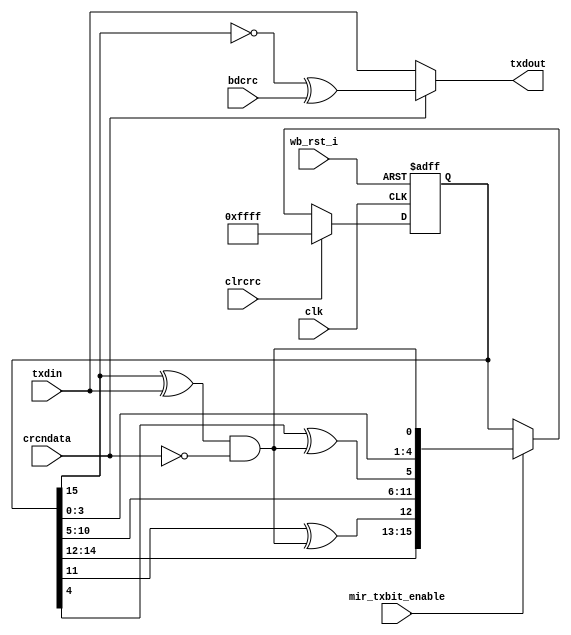
module irda_crc_ccitt16(clk, wb_rst_i, clrcrc, txdin, crcndata,mir_txbit_enable, txdout, bdcrc);
/* ************************************************************************* */
// compute CRC-CCITT x16 x12 x5 + 1
// on serial bit stream.
/* ************************************************************************* */
/* bdcrc is input signal used to send a bad crc for test purposes */

input clrcrc,clk,txdin,wb_rst_i,bdcrc, crcndata;
input mir_txbit_enable;

output txdout;

reg [15:0] nxtxcrc,txcrc;
/* ************************************************************************* */
// XOR data stream with output of CRC register and create input stream
// if crcndata is low, feed a 0 into input to create virtual shift reg
/* ************************************************************************* */
wire crcshin = (txcrc[15] ^ txdin)& ~crcndata;
/* ************************************************************************* */
// combinatorial logic to implement polynomial
/* ************************************************************************* */
always @ (txcrc or clrcrc or crcshin)
begin
	if (clrcrc)
		nxtxcrc			<= #1  16'hffff;
	else begin
		nxtxcrc[15:13] <= #1  txcrc[14:12];
		nxtxcrc[12]		<= #1  txcrc[11] ^ crcshin; // x12
		nxtxcrc[11:6]	<= #1  txcrc[10:5];
		nxtxcrc[5]		<= #1  txcrc[4] ^ crcshin; // x5
		nxtxcrc[4:1]	<= #1  txcrc[3:0];
		nxtxcrc[0]		<= #1  crcshin; // +1
	end
end
/* ********************************************************************** */
// infer 16 flops for strorage, include async reset asserted high
/* ********************************************************************** */
always @ (posedge clk or posedge wb_rst_i)
begin
	if (wb_rst_i)
		txcrc <= #1  16'hffff;
	else if (clrcrc) begin
		txcrc <= #1 16'hffff;
	end else if (mir_txbit_enable) begin
		txcrc <= #1  nxtxcrc; // load D input (nxtxcrc) into flops
	end
end
/* ********************************************************************** */
// normally crc is inverted as it is sent out
// input signal badcrc is asserted to append bad CRC to packet for
// testing, this is an implied mux with control signal crcndata
// if crcndata = 0 , the data is passed by unchanged, if = 1 then
// the crc register is inverted and transmitted.
/* ********************************************************************** */
wire txdout = (crcndata) ? (~txcrc[15] ^ bdcrc) : txdin; // don't invert
// if bdcrc is 1
endmodule